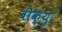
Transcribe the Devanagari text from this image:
बीक़्यु